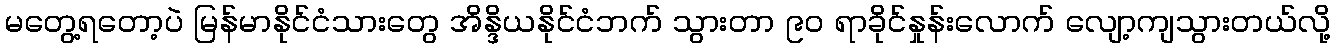
မတွေ့ရတော့ပဲ မြန်မာနိုင်ငံသားတွေ အိန္ဒိယနိုင်ငံဘက် သွားတာ ၉၀ ရာခိုင်နှုန်းလောက် လျော့ကျသွားတယ်လို့